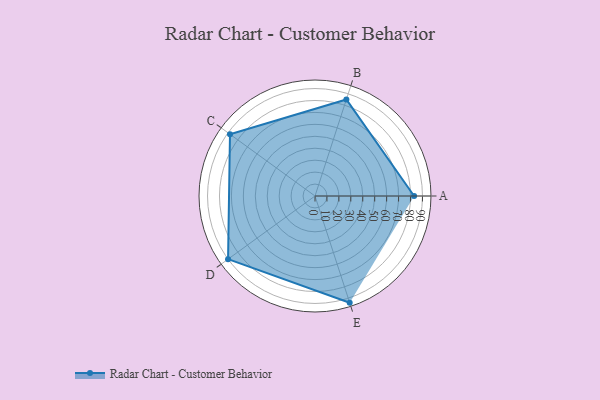
{"axis": {"x": "Skill", "y": "Score"}, "legend": ["Profile"], "data": [{"x": "A", "y": 83.0, "type": "Profile"}, {"x": "B", "y": 85.0, "type": "Profile"}, {"x": "C", "y": 88.0, "type": "Profile"}, {"x": "D", "y": 90.0, "type": "Profile"}, {"x": "E", "y": 94.0, "type": "Profile"}]}